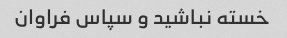
خسته نباشید و سپاس فراوان